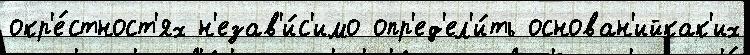
окр'е́стност'ях н'езав'и́с'имо опр'ед'ел'и́ть основан'ийкак'их